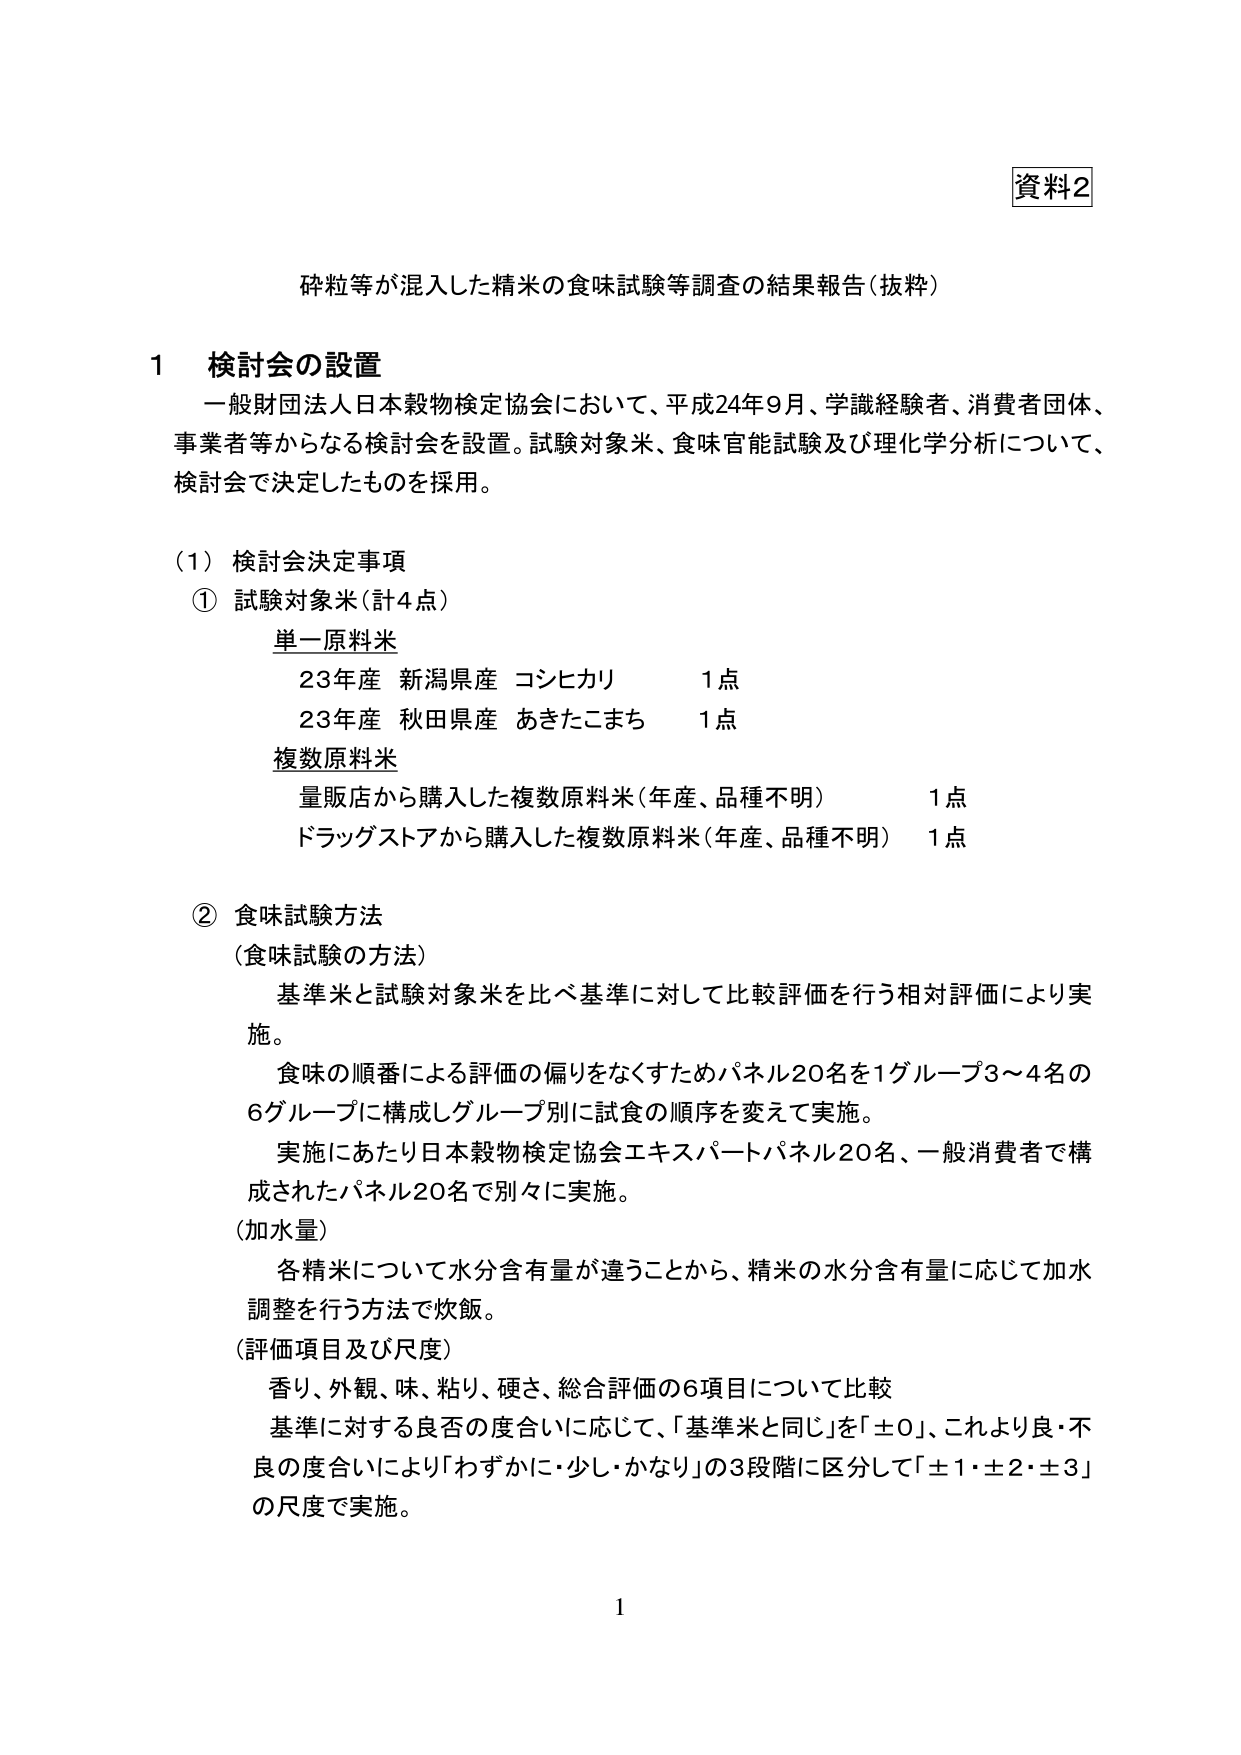
資料2

砕粒等が混入した精米の食味試験等調査の結果報告（抜粋）

1 検討会の設置
一般財団法人日本穀物検定協会において、平成24年9月、学識経験者、消費者団体、事業者等からなる検討会を設置。試験対象米、食味官能試験及び理化学分析について、検討会で決定したものを採用。

（1）検討会決定事項
① 試験対象米（計4点）
　単一原料米
　　23年産 新潟県産 コシヒカリ　　1点
　　23年産 秋田県産 あきたこまち　　1点
　複数原料米
　　量販店から購入した複数原料米（年産、品種不明）　　1点
　　ドラッグストアから購入した複数原料米（年産、品種不明）　　1点

② 食味試験方法
（食味試験の方法）
　基準米と試験対象米を比べ基準に対して比較評価を行う相対評価により実施。
　食味の順番による評価の偏りをなくすためパネル20名を1グループ3～4名の6グループに構成しグループ別に試食の順序を変えて実施。
　実施にあたり日本穀物検定協会エキスパートパネル20名、一般消費者で構成されたパネル20名で別々に実施。
（加水量）
　各精米について水分含有量が違うことから、精米の水分含有量に応じて加水調整を行う方法で炊飯。
（評価項目及び尺度）
　香り、外観、味、粘り、硬さ、総合評価の6項目について比較
　基準に対する良否の度合いに応じて、「基準米と同じ」を「±0」、これより良・不良の度合いにより「わずかに・少し・かなり」の3段階に区分して「±1・±2・±3」の尺度で実施。

1